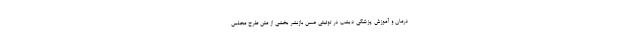
درمان و آموزش پزشکی دیشب در توئیتی ضمن بازنشر بخشی از متن طرح مجلس